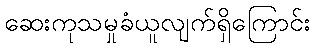
ဆေးကုသမှုခံယူလျက်ရှိကြောင်း